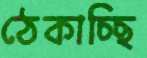
ঠেকাচ্ছি